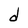
Character: d